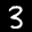
Label: 3